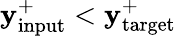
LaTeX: \mathbf{y}_{\mathrm{{input}}}^{+}<\mathbf{y}_{\mathrm{{target}}}^{+}